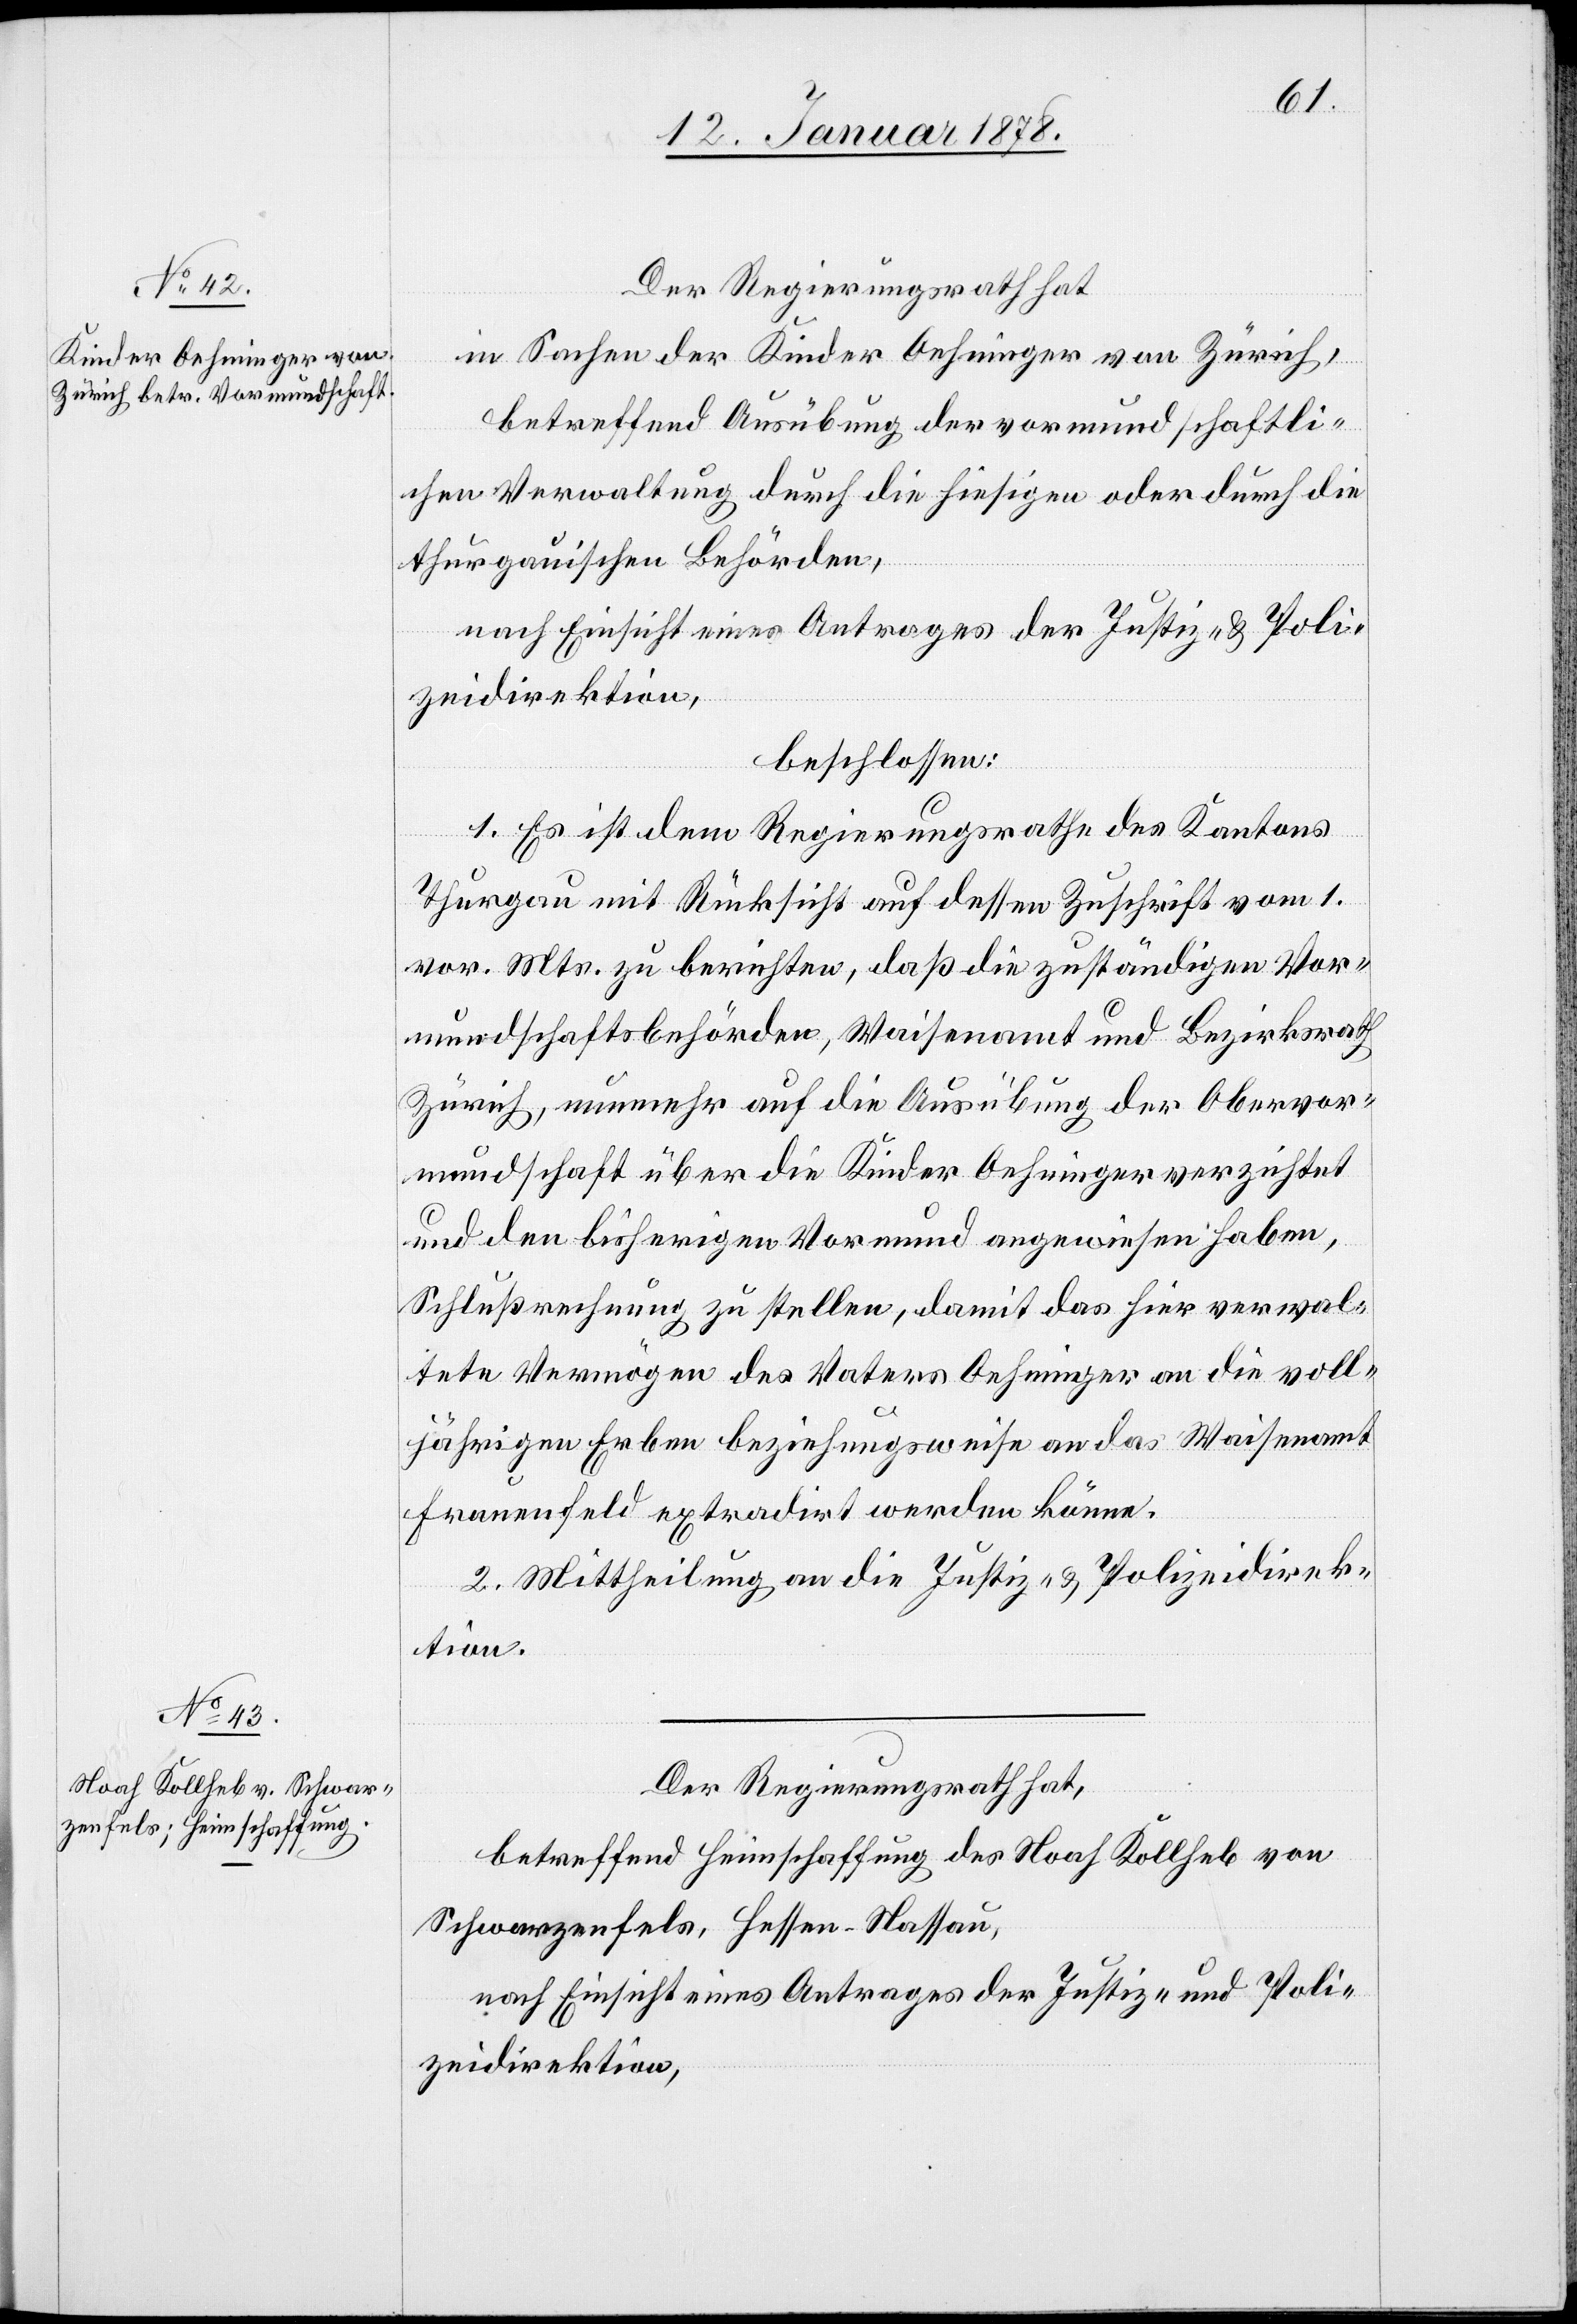
Der Regierungsrath hat,
in Sachen der Kinder Oehninger von Zürich,
betreffend Ausübung der vormundschaftli¬
chen Verwaltung durch die hiesigen oder durch die
thurgauischen Behörden,
nach Einsicht eines Antrages der Justiz- & Poli¬
zeidirektion,
beschlossen:
1. Es ist dem Regierungsrathe des Kantons
Thurgau mit Rücksicht auf dessen Zuschrift vom 1.
vor. Mts. zu berichten, daß die zuständigen Vor¬
mundschaftsbehörden, Waisenamt und Bezirksrath
Zürich, nunmehr auf die Ausübung der Obervor¬
mundschaft über die Kinder Oehninger verzichtet
und den bisherigen Vormund angewiesen haben,
Schlußrechnung zu stellen, damit das hier verwal¬
tete Vermögen des Vaters Oehninger an die voll¬
jährigen Erben beziehungsweise an das Waisenamt
Frauenfeld extradirt werden könne.
2. Mittheilung an die Justiz- & Polizeidirek¬
tion.
Der Regierungsrath hat,
betreffend Heimschaffung des Noah Kollheb von
Schwarzenfels, Hessen-Nassau,
nach Einsicht eines Antrages der Justiz- und Poli¬
zeidirektion,